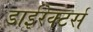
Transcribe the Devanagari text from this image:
डाईरेक्टर्स